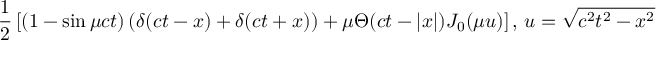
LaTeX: { \frac { 1 } { 2 } } \left[ \left( 1 - \sin { \mu c t } \right) ( \delta ( c t - x ) + \delta ( c t + x ) ) + \mu \Theta ( c t - | x | ) J _ { 0 } ( \mu u ) \right] , \, u = { \sqrt { c ^ { 2 } t ^ { 2 } - x ^ { 2 } } }